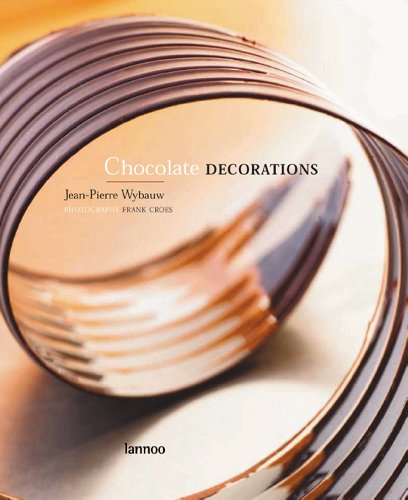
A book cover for Chocolate Decorations; Jean-Pierre Wybauw; Cookbooks, Food & Wine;